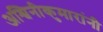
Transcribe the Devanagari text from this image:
अश्विनीकुमारांनी